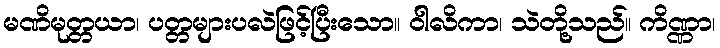
မဏိမုတ္တယာ၊ ပတ္တများပလဲဖြင့်ပြီးသော။ ဝါလိကာ၊ သဲတို့သည်။ ကိဏ္ဏာ၊